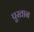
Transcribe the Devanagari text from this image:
पुरतान